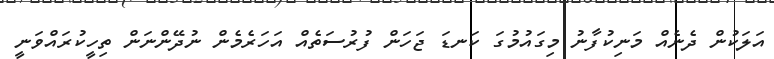
އަލަކުން ދެނެއް މަނިކުފާނު މިގައުމުގަ ކަނޑަ ޖަހަން ފުރުސަތެއް އަހަރެމެން ނުދޭންނަން ތިހީކުރައްވަނީ